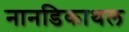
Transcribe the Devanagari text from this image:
नानडिकाथल